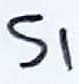
Text: S1